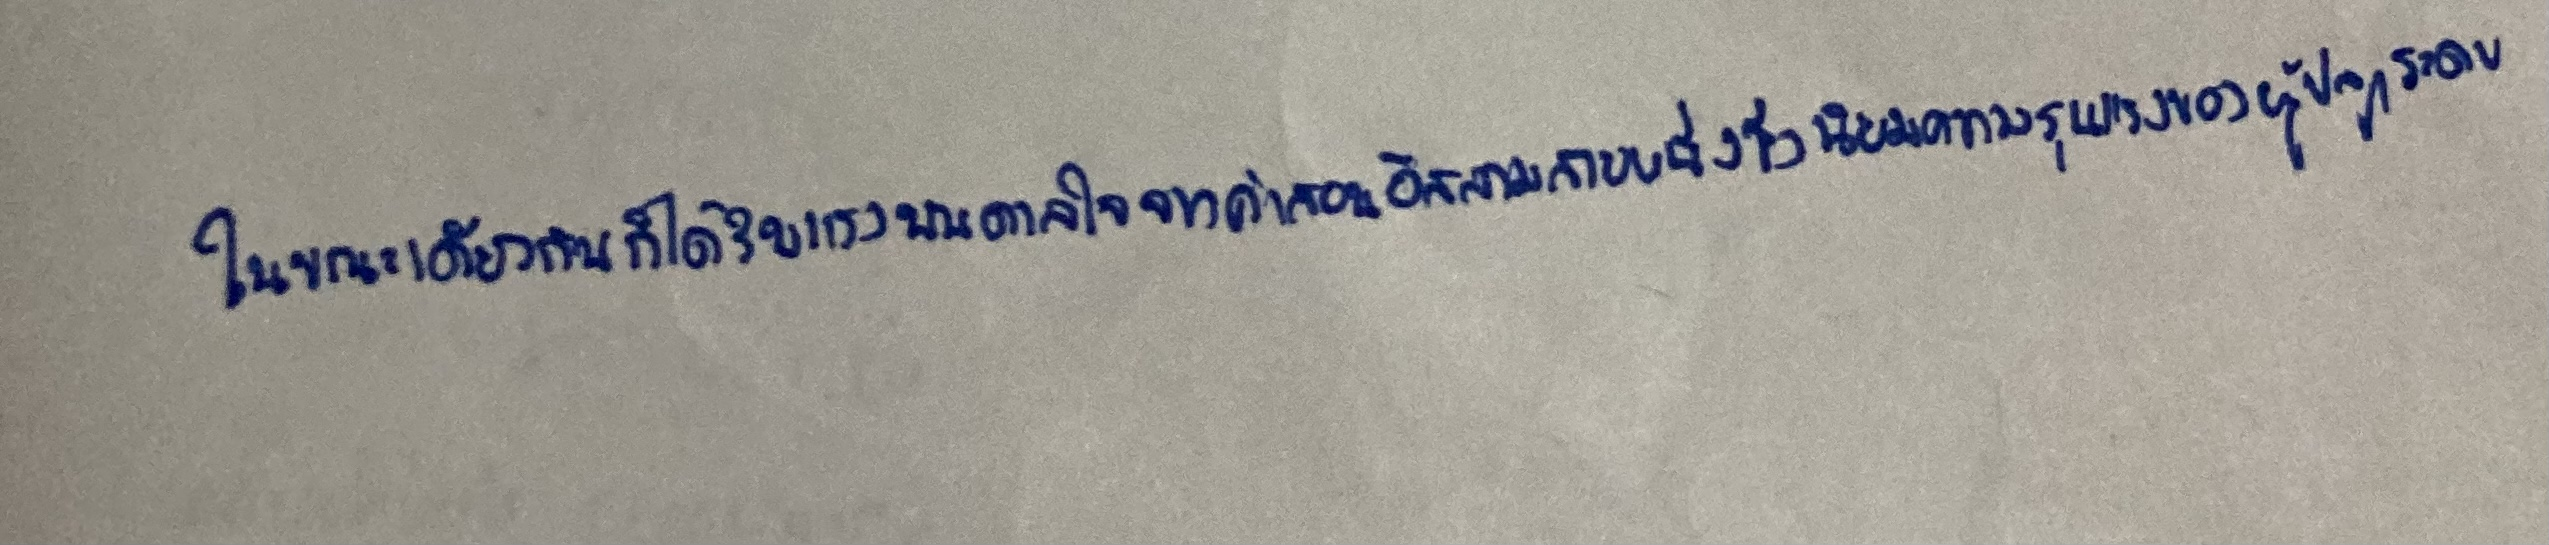
ในขณะเดียวกันก็ได้รับแรงบันดาลใจจากคำสอนอิสลามสายหนึ่งซึ่งนิยมความรุนแรงของผู้ปลุกระดม